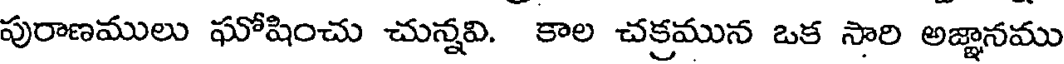
పురాణములు ఘోషించు చున్నవి. కాల చక్రమున ఒక సారి అజ్ఞానము